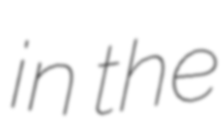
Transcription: in the